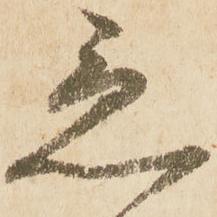
急